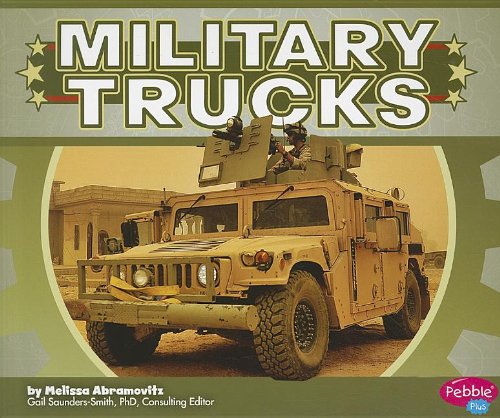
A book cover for Military Trucks (Military Machines); Melissa Abramovitz; Children's Books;